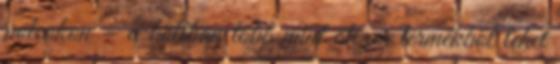
polcokon – a boltban több mint ötezer termékből lehet